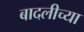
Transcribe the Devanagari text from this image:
बादलीच्या